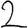
Digit: 2